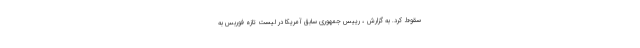
سقوط کرد. به گزارش ، رییس جمهوری سابق آمریکا در لیست تازه فوربس به